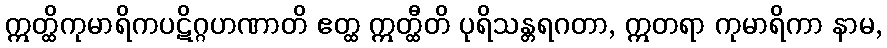
ဣတ္ထိကုမာရိကပဋိဂ္ဂဟဏာတိ ဧတ္ထ ဣတ္ထီတိ ပုရိသန္တရဂတာ, ဣတရာ ကုမာရိကာ နာမ,